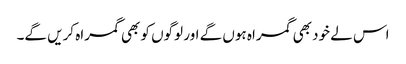
اس لے خود بھی گمراہ ہوں گے اور لوگوں کو بھی گمراہ کریں گے۔